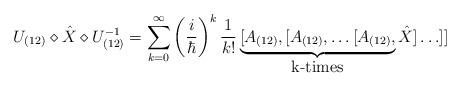
LaTeX: \begin{align*}U_{(12)}\diamond \hat{X} \diamond U_{(12)}^{-1} = \sum _{k=0}^\infty \left(\frac{i}{\hbar}\right)^k \frac{1}{k!}\underbrace{[A_{(12)},[A_{(12)},\ldots[A_{(12)},}_{\mbox{k-times}} \hat{X}]\ldots]]\end{align*}